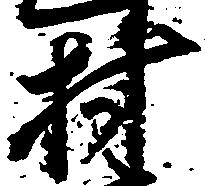
村